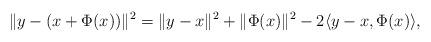
LaTeX: \begin{align*}\|y-(x+\Phi(x))\|^2& = \|y-x\|^2+\|\Phi(x)\|^2-2\langle y-x, \Phi(x)\rangle,\end{align*}